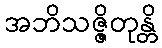
အဘိသဇ္ဇိတုန္တိ